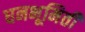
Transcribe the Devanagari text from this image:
घनभूमिती